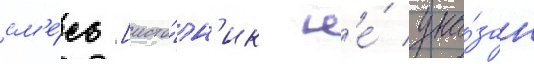
см'е́сь [исто́чн'ик н'е́ ука́зан